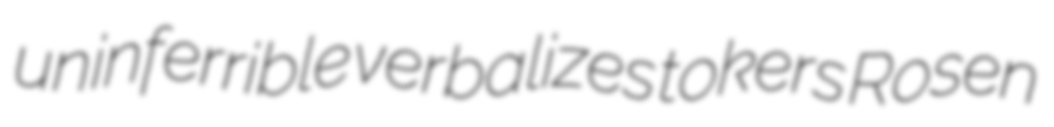
uninferrible verbalizes tokers Rosen